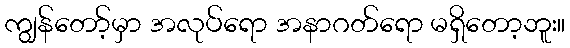
ကျွန်တော့်မှာ အလုပ်ရော အနာဂတ်ရော မရှိတော့ဘူး။